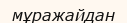
мұражайдан